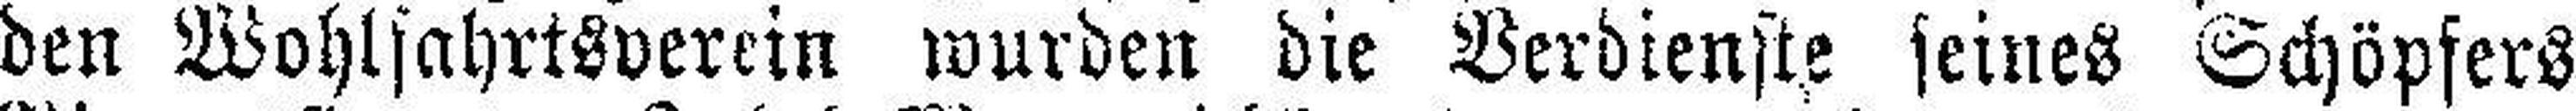
den Wohlsahrtsverein wurden die Verdienste seines Schöpfers